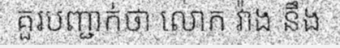
គួរបញ្ជាក់ថា លោក វ៉ាង នឹង